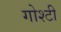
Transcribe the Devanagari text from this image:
गोश्टी